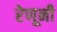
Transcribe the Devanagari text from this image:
रेणूनी